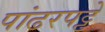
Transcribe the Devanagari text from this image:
पांढरपट्टे